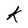
Character: k